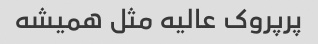
پرپروک عالیه مثل همیشه